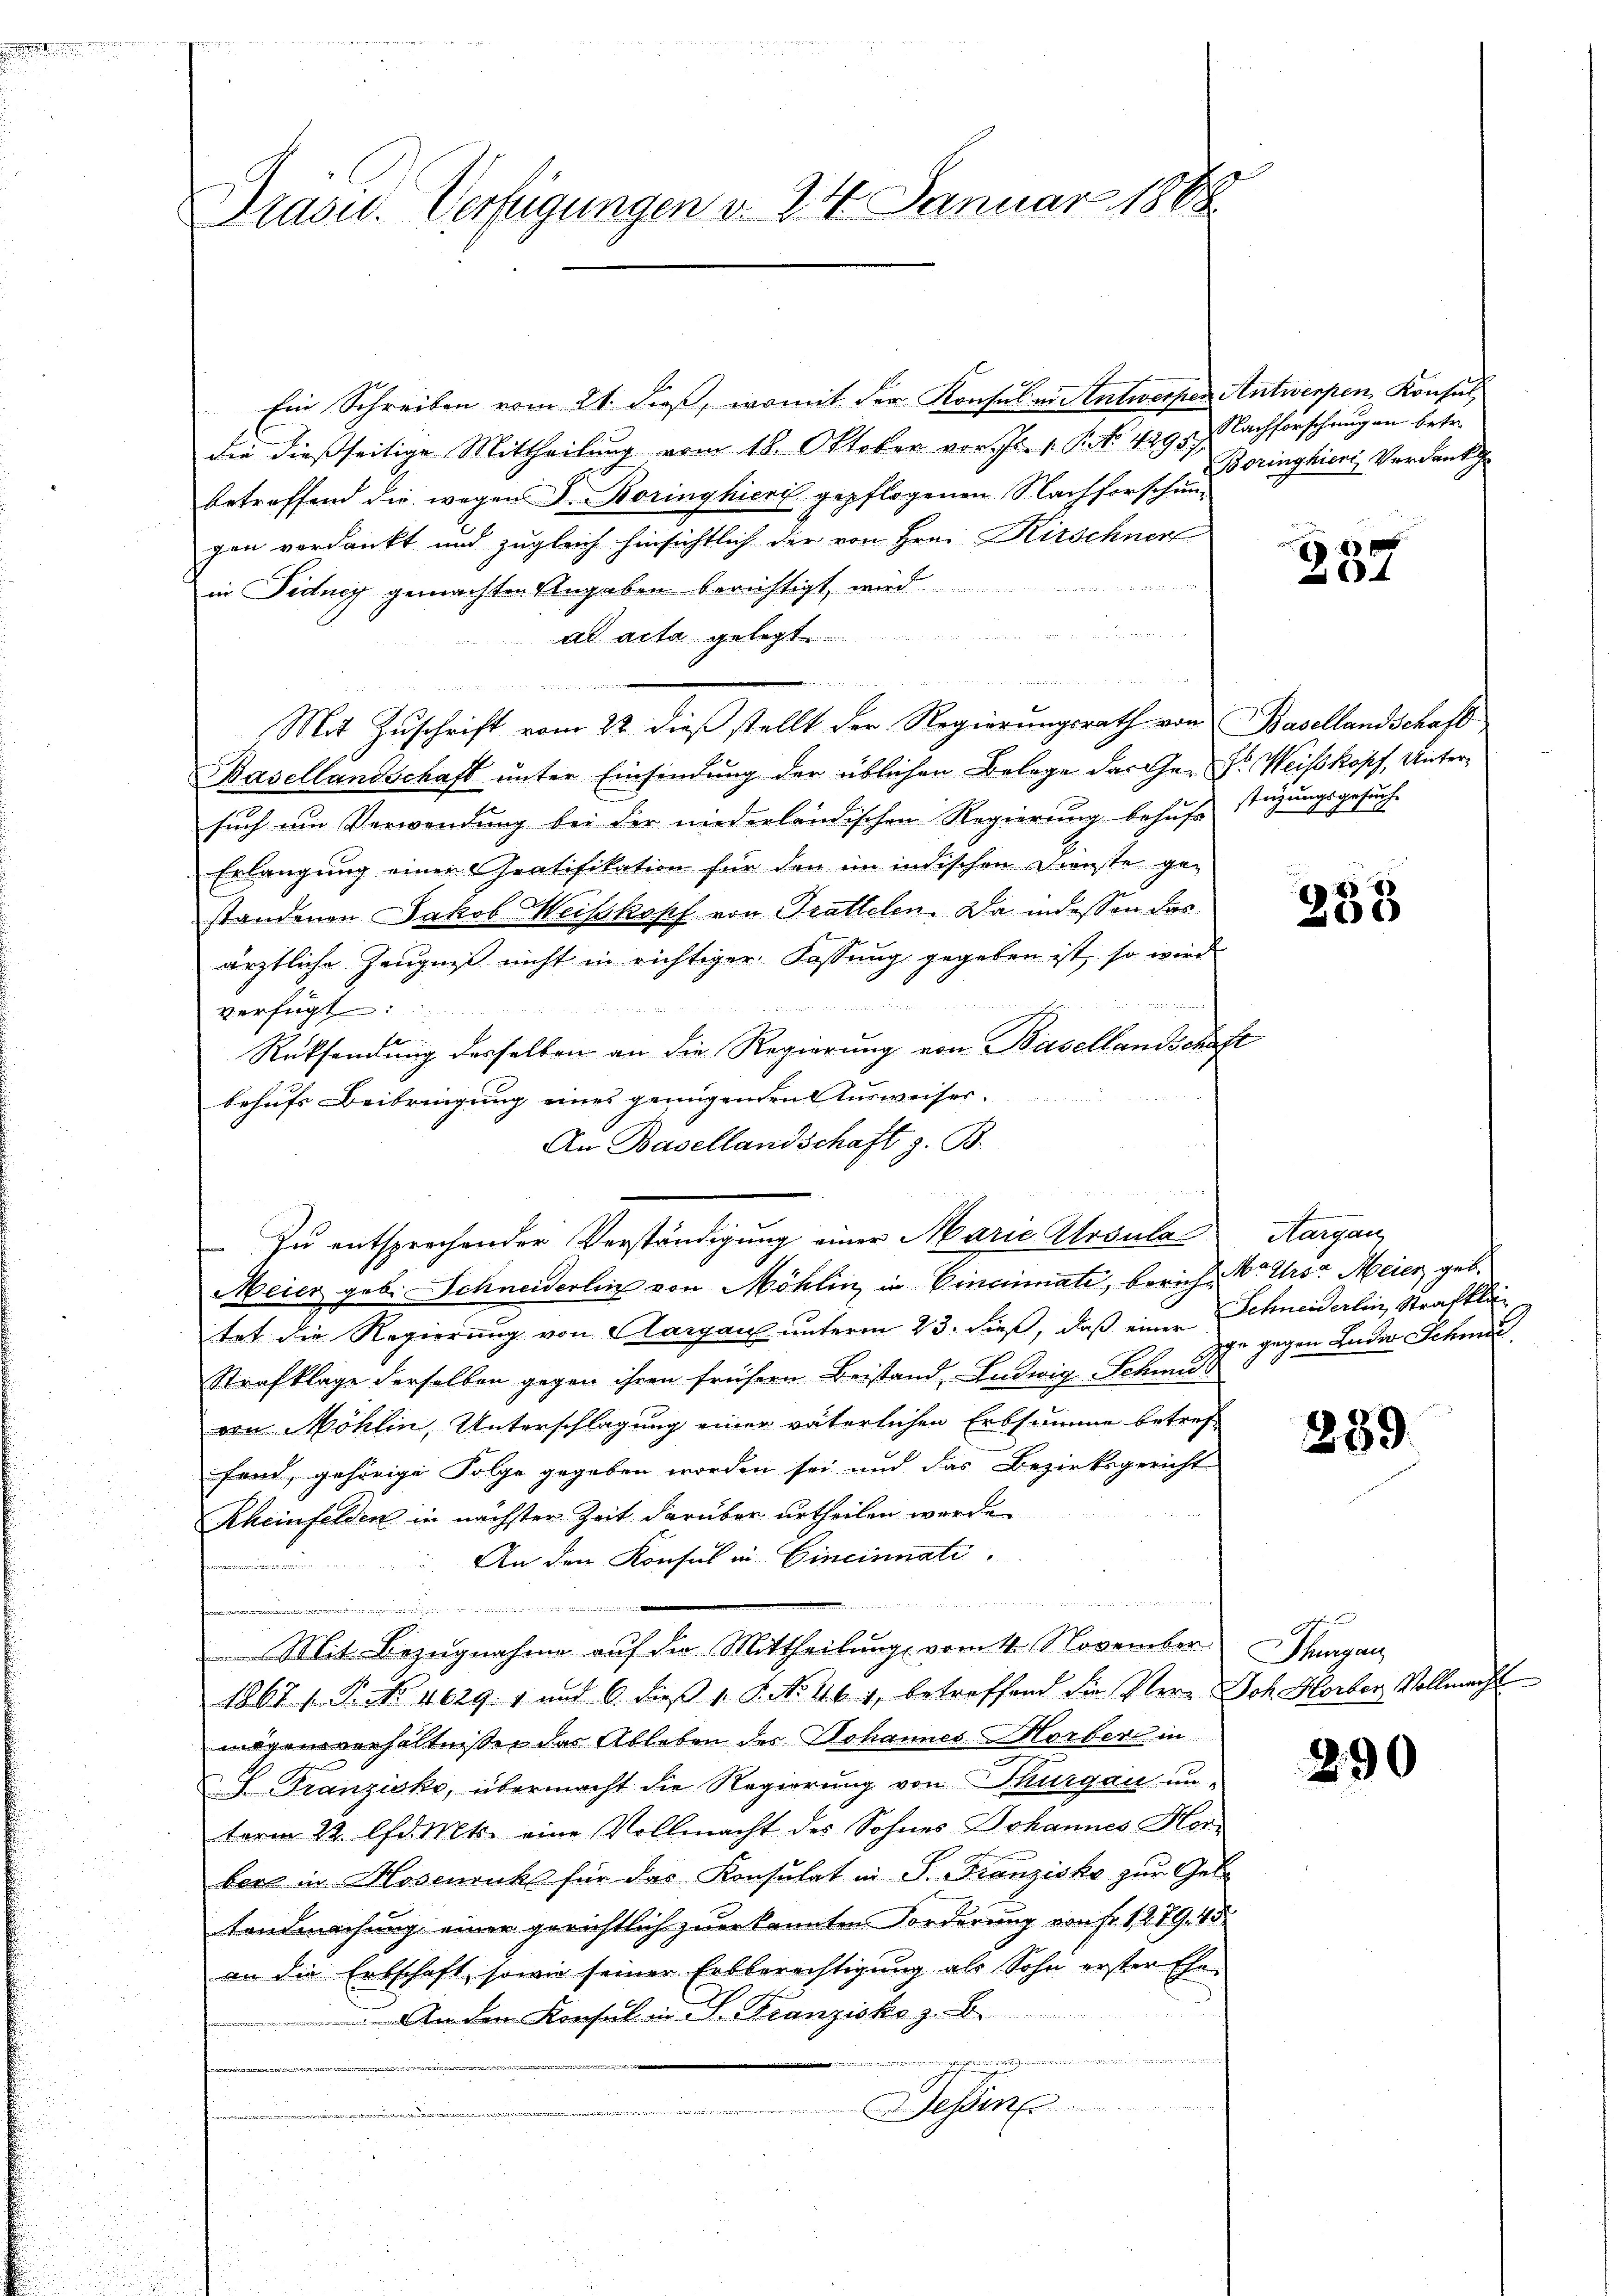
Präsid. Verfügungen v. 24. Januar 1888.

Ein Schreiben vom 21. dieß, womit der Konsul u. Antwerfen Antwerpen, Konsul
die dießseitige Mittheilŭng vom 18. Oktober vor. Js. v. P. 429. Nachforschungen betr.
betreffend die wegen S. Koringhiere gepflogenen Nachforschun
gen verdankt, und zugleich hinsichtlich der von Hrn. Kirschner
in Fidney gemachten Angaben berichtigt wird
ad acta gelegt

Mit Zuschrift vom 22. dieß stellt der Regierungsrath von Basellandschaft
Basellandschaft unter Einfindung der üblichen Belege das Ge- Dr. Weiskopf, Untersuch um Verwendung bei der niederländischen Regierung behufe stüzungsgesuch-
Erlangung einer Gratifikation für den im indischen Dienste ge-
standenen Jakob Weisskopf von Trattelen. Da indessen das
ärztliche Zeugniß nicht in richtiger Fassung gegeben ist, so wird

verfügt:
Rücksendung derselben an die Regierung von Basellandschaft
behufs Beibringung eines genügenden Ausweiser.
An Basellandschaft z. B.
tet die Regierung von Aargau unterm 23. dieß, daß einer Schneiderlin, Strafklä¬
Strafklage derselben gegen ihren frühern Beistand, Ludwig Schmid
von Möhlin, Unterschlagung einer väterlichen Erbsumme betreffand, gehörige Folge gegeben worden sei und das Bezirksgericht
Rheinfelden in nächster Zeit darüber urtheilen werden
An den Konsul in Cincinnati
an
e

Mit Bezugnahme auf die Mittheilung vom 4. November. Thurgau
1867 (T. No. 4629. 1 und 6. dieβ 1. P. No. 461, betreffend die Verr Joh. Herber Vollmacht
mögensverhältnissen das Ableben der Johannes Horber in
S. Franzisko, übermacht die Regierung von Thurgau un-
term 22. lfd. Mts. eine Vollmacht des Sohnes Johannes Horbere in Hosenruck für das Konsulat in P. Franzisko zur Geb
Landmachung, einer gerichtlich zuerkannten Forderung von fr. 1279. 15
an die Erbschaft, sowie seiner Erbberechtigŭng als Sohn erster Ehen
An den Konsul in S. Franzisko z. B.
.
l

Zu entsprechender Verständigung einer Marie Ursula Aargau
Meier geb. Schneiderlin von Möhlin, in Cincinnati, berich, V. Uror Meier geb.

Boringhier Verdank

2 x
4

258

ge gegen Luder Schmidt

239.

290